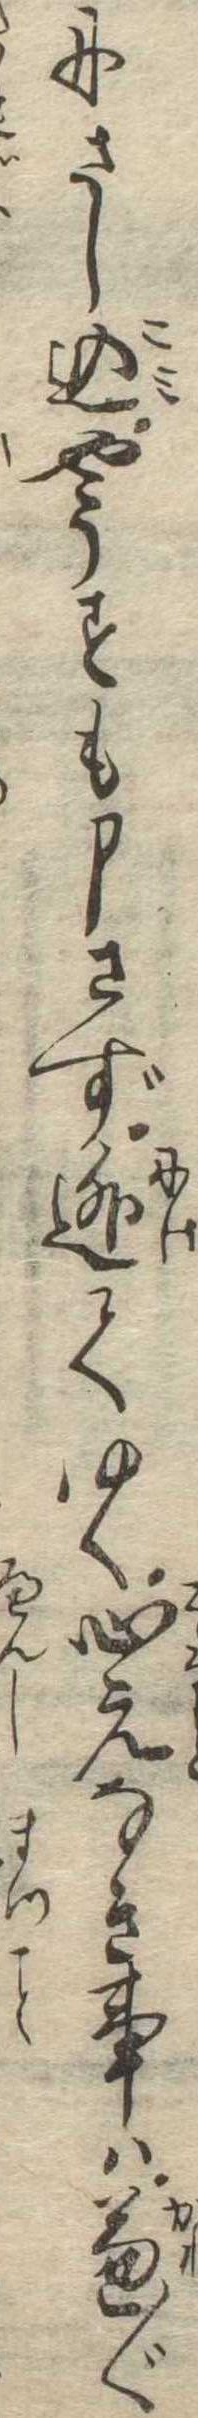
にさし込やうすも申さず逃てゆく心元なき事は兼〲